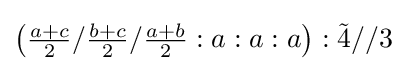
\left({\tfrac {a+c}{2}}/{\tfrac {b+c}{2}}/{\tfrac {a+b}{2}}:a:a:a\right):{\tilde {4}}//3